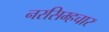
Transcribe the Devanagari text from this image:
नरसिम्हचार